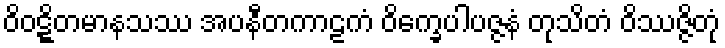
ဝိဝဋ္ဋိတမာနသဿ အပနီတကာဠကံ ဝိက္ခေပါပဇ္ဇနံ တုသိတံ ဝိဿဇ္ဇိတုံ